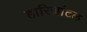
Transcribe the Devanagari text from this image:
हारिज़ांटल